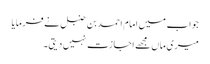
جواب میں امام احمد بن حنبل نے فرمایا
میری ماں مجھے اجازت نہیں دیتی۔